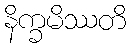
နိက္ခမိဿတိ